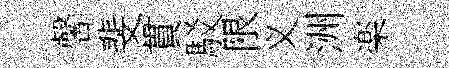
馨斐貫駁限义洲楽